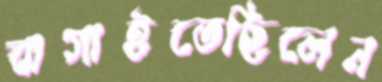
বাগাইতেছিলেন